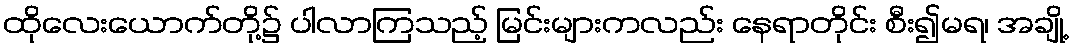
ထိုလေးယောက်တို့၌ ပါလာကြသည့် မြင်းများကလည်း နေရာတိုင်း စီး၍မရ၊ အချို့